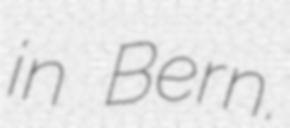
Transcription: in Bern.